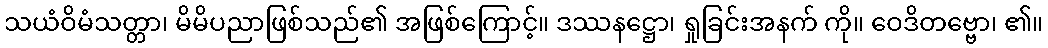
သယံဝိမံသတ္တာ၊ မိမိပညာဖြစ်သည်၏ အဖြစ်ကြောင့်။ ဒဿနဋ္ဌော၊ ရှုခြင်းအနက် ကို။ ဝေဒိတဗ္ဗော၊ ၏။